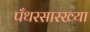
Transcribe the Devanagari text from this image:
पँथरसारख्या